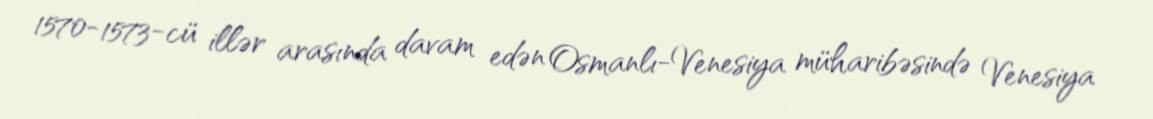
1570-1573-cü illər arasında davam edən Osmanlı-Venesiya müharibəsində Venesiya